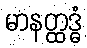
မာနတ္ထဒ္ဓံ